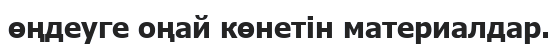
өңдеуге оңай көнетін материалдар.